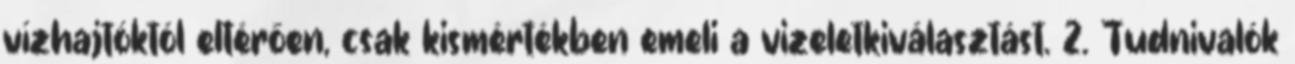
vízhajtóktól eltérően, csak kismértékben emeli a vizeletkiválasztást. 2. Tudnivalók